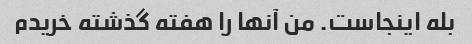
بله اینجاست. من آنها را هفته گذشته خریدم